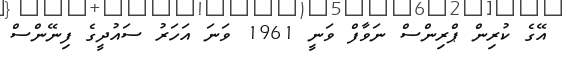
އޭގެ ކުރިން ޕްރިންސް ނަވާފް ވަނީ 1961 ވަނަ އަހަރު ސައުދީގެ ފިނޭންސް